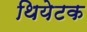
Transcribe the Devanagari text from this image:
थियेटक